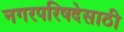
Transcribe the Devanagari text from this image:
नगरपरिषदेसाठी